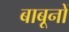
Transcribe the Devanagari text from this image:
बाबूनों